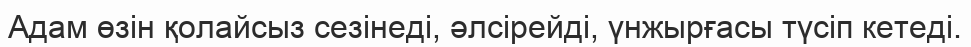
Адам өзін қолайсыз сезінеді, әлсірейді, үнжырғасы түсіп кетеді.